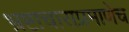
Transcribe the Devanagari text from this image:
भ्रष्टाचाराप्रमाणेच